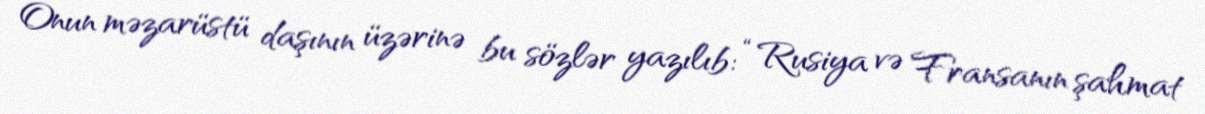
Onun məzarüstü daşının üzərinə bu sözlər yazılıb: “Rusiya və Fransanın şahmat